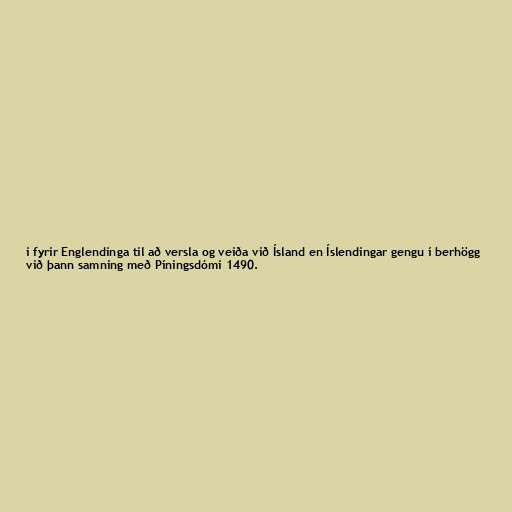
i fyrir Englendinga til að versla og veiða við Ísland en Íslendingar gengu í berhögg
við þann samning með Píningsdómi 1490.